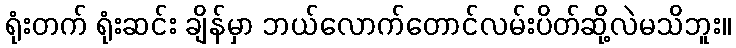
ရုံးတက် ရုံးဆင်း ချိန်မှာ ဘယ်လောက်တောင်လမ်းပိတ်ဆို့လဲမသိဘူး။